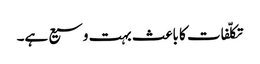
تکلّفات کا باعث بہت وسیع ہے۔